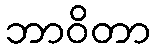
ဘာဝိတာ